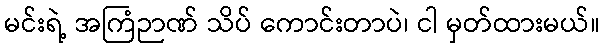
မင်းရဲ့ အကြံဉာဏ် သိပ် ကောင်းတာပဲ၊ ငါ မှတ်ထားမယ်။